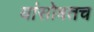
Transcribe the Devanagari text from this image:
यांसोबतच